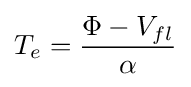
T_{e}={\frac {\Phi -V_{fl}}{\alpha }}